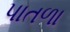
પાતળા